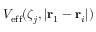
V _ { \mathrm { e f f } } ( \zeta _ { j } , | \mathbf { r } _ { 1 } - \mathbf { r } _ { i } | )